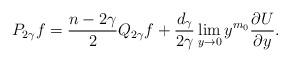
LaTeX: \begin{align*}P_{2\gamma}f = \frac{n-2\gamma}{2}Q_{2\gamma}f + \frac{d_\gamma}{2\gamma}\lim_{y\to0}y^{m_0}\frac{\partial U}{\partial y} .\end{align*}